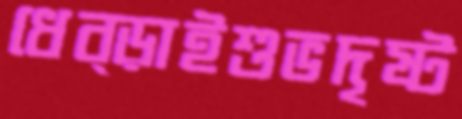
ধেব্‌ড়াইশুভদৃষ্ট